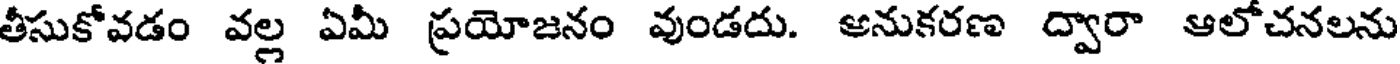
తీసుకోవడం వల్ల ఏమీ ప్రయోజనం వుండదు. అనుకరణ ద్వారా ఆలోచనలను